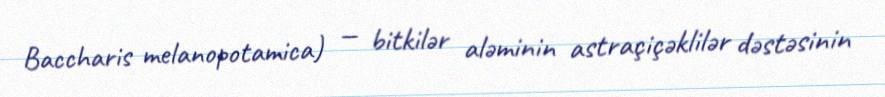
Baccharis melanopotamica) — bitkilər aləminin astraçiçəklilər dəstəsinin